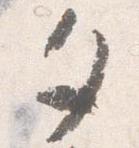
夕